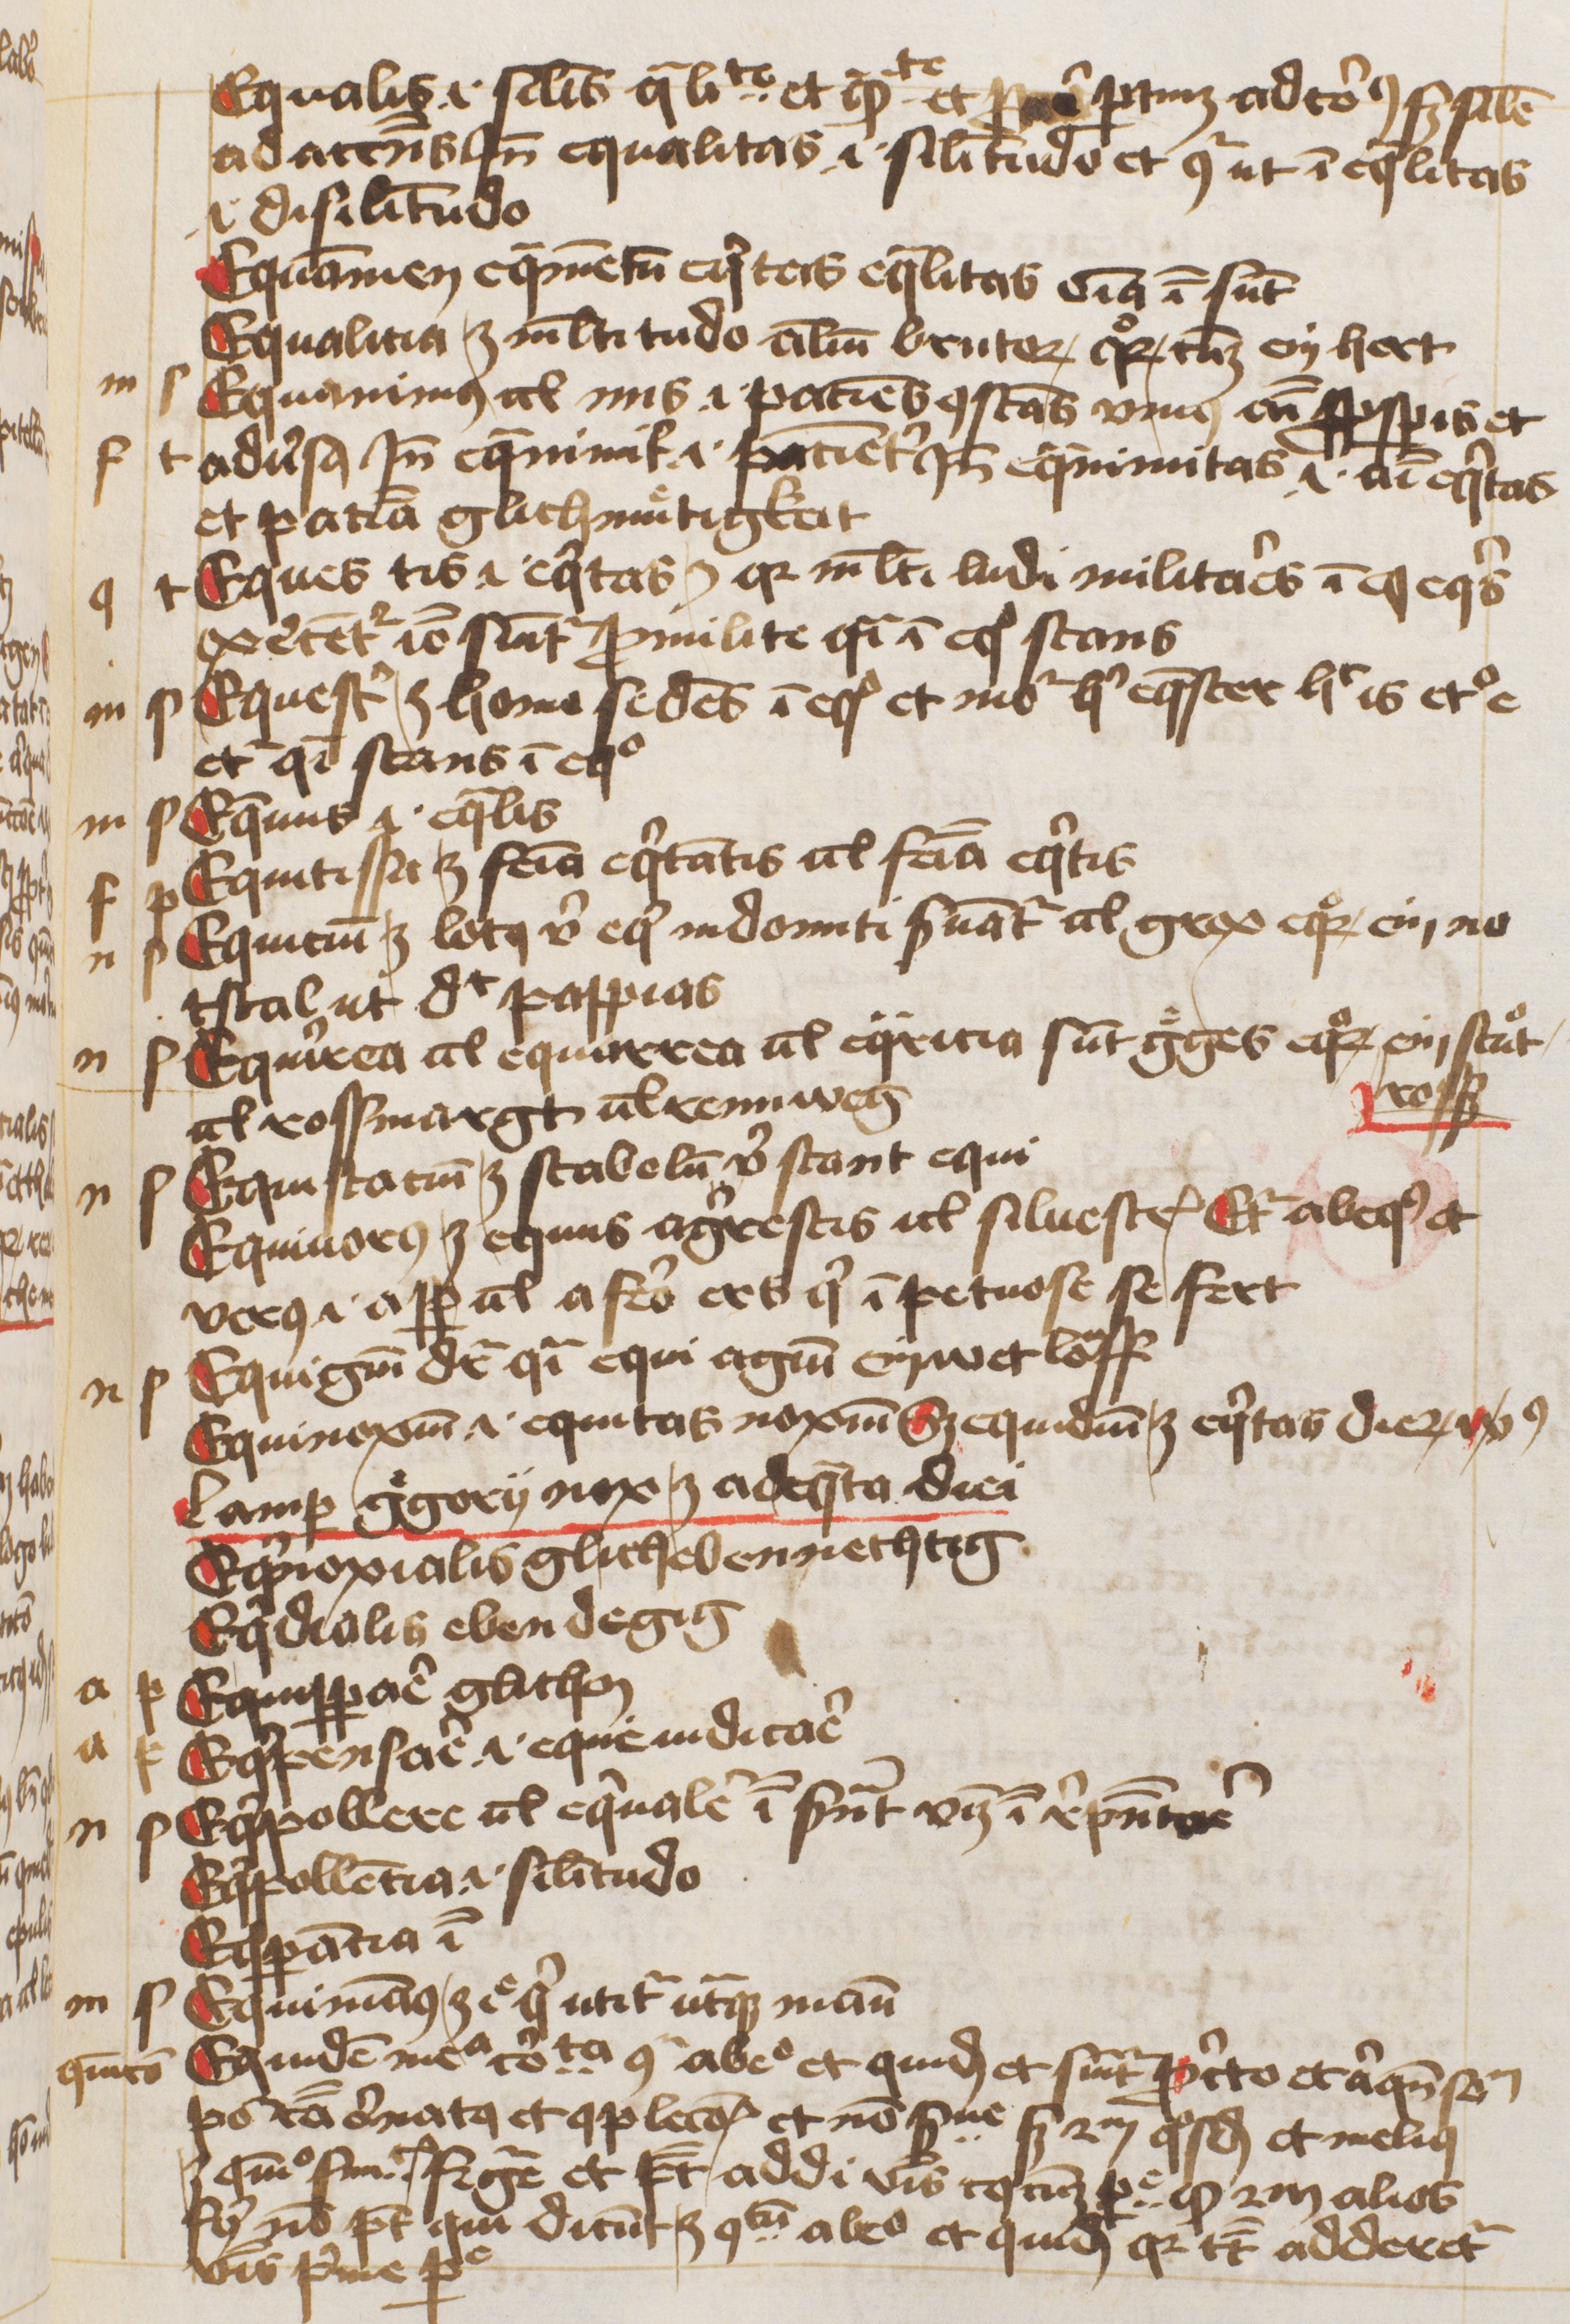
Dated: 1445–1455